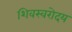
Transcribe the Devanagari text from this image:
शिवस्वरोदय